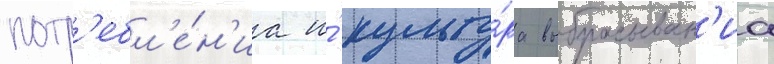
потр'ебл'е́н'иа и́ культу́ра выбрасыван'иа